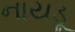
નાયડૂ